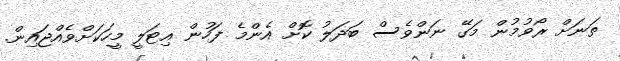
ތަނަށް ރޯވުމުން މަގޭ ނަންވެސް ބަދަލު ކޮށް އެންމެ ފަހުން އިޓަލީ މީހަކަށްވެއްޖައިން.